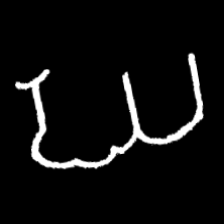
Pyu character \u2014 Myanmar letter: ဃ (romanized: gha)